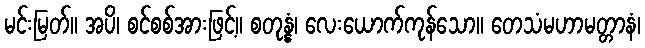
မင်းမြတ်။ အပိ၊ စင်စစ်အားဖြင့်။ စတုန္နံ၊ လေးယောက်ကုန်သော။ တေသံမဟာမတ္တာနံ၊